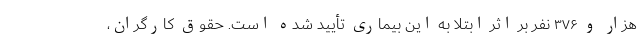
هزار و ۳۷۶ نفر بر اثر ابتلا به این بیماری تأیید شده است. حقوق کارگران،